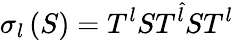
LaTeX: \sigma_{l}\left(S\right)=T^{l}ST^{\hat{l}}ST^{l}